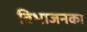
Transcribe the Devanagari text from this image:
विभाजनका